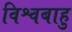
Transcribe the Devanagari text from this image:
विश्वबाहु